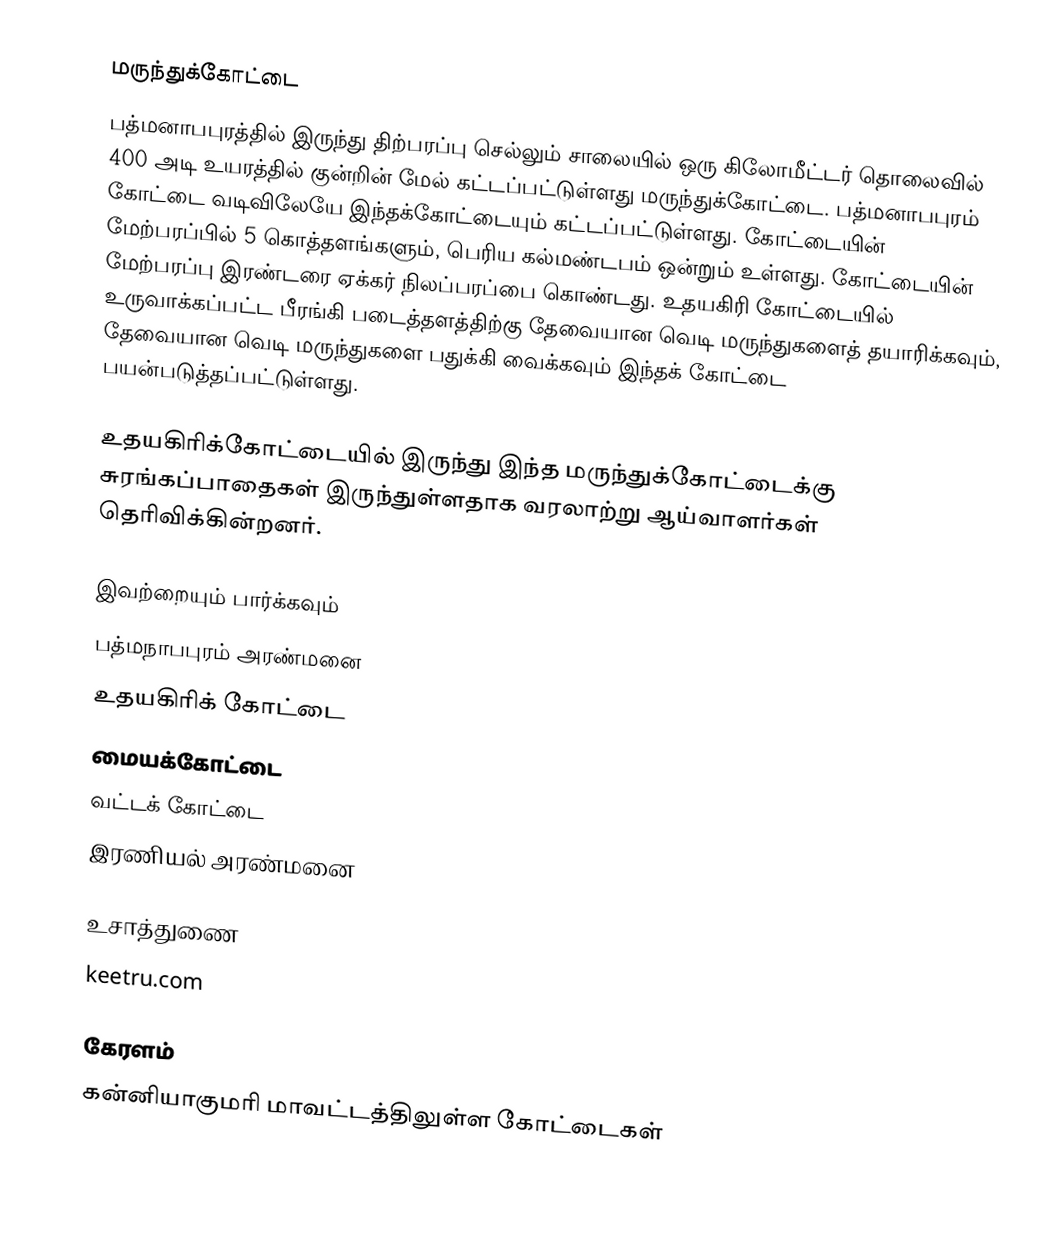
மருந்துக்கோட்டை
பத்மனாபபுரத்தில் இருந்து திற்பரப்பு செல்லும் சாலையில் ஒரு கிலோமீட்டர் தொலைவில் 400 அடி உயரத்தில் குன்றின் மேல் கட்டப்பட்டுள்ளது மருந்துக்கோட்டை. பத்மனாபபுரம் கோட்டை வடிவிலேயே இந்தக்கோட்டையும் கட்டப்பட்டுள்ளது. கோட்டையின் மேற்பரப்பில் 5 கொத்தளங்களும், பெரிய கல்மண்டபம் ஒன்றும் உள்ளது. கோட்டையின் மேற்பரப்பு இரண்டரை ஏக்கர் நிலப்பரப்பை கொண்டது. உதயகிரி கோட்டையில் உருவாக்கப்பட்ட பீரங்கி படைத்தளத்திற்கு தேவையான வெடி மருந்துகளைத் தயாரிக்கவும், தேவையான வெடி மருந்துகளை பதுக்கி வைக்கவும் இந்தக் கோட்டை பயன்படுத்தப்பட்டுள்ளது.

உதயகிரிக்கோட்டையில் இருந்து இந்த மருந்துக்கோட்டைக்கு சுரங்கப்பாதைகள் இருந்துள்ளதாக வரலாற்று ஆய்வாளர்கள் தெரிவிக்கின்றனர்.

இவற்றையும் பார்க்கவும்
பத்மநாபபுரம் அரண்மனை
உதயகிரிக் கோட்டை
மையக்கோட்டை
 வட்டக் கோட்டை
இரணியல் அரண்மனை

உசாத்துணை
keetru.com

கேரளம்
கன்னியாகுமரி மாவட்டத்திலுள்ள கோட்டைகள்